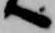
へ